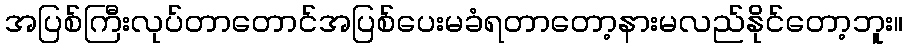
အပြစ်ကြီးလုပ်တာတောင်အပြစ်ပေးမခံရတာတော့နားမလည်နိုင်တော့ဘူး။